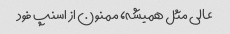
عالی مثل همیشه، ممنون از اسنپ فود